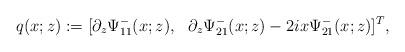
LaTeX: \begin{align*}q(x;z):= [ \partial_z \Psi^-_{11} (x;z), \ \ \partial_z \Psi^-_{21}(x;z)-2 i x \Psi^-_{21}(x;z)]^T,\end{align*}